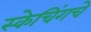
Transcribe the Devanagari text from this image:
स्केचिंगचे